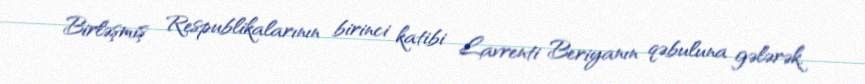
Birləşmiş Respublikalarının birinci katibi Lavrenti Beriyanın qəbuluna gələrək,